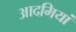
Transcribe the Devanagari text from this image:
आदमियां